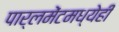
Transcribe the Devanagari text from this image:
पार्लमेंटमध्येही